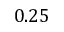
0 . 2 5